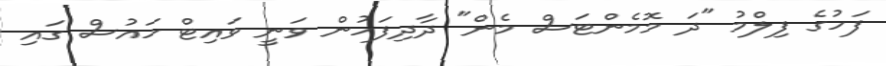
ފަހުގެ ފިލްމު "ދަ މޮމެންޓަސް މެން" ދާދިފަހުން ވަނީ ވައިޓް ހައުސް ގައި